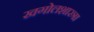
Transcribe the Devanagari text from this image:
खगोलशास्त्रा